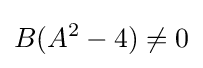
B(A^{2}-4)\neq 0